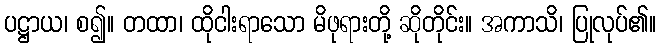
ပဋ္ဌာယ၊ စ၍။ တထာ၊ ထိုငါးရာသော မိဖုရားတို့ ဆိုတိုင်း။ အကာသိ၊ ပြုလုပ်၏။